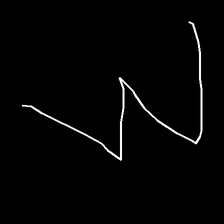
Glyph: crush